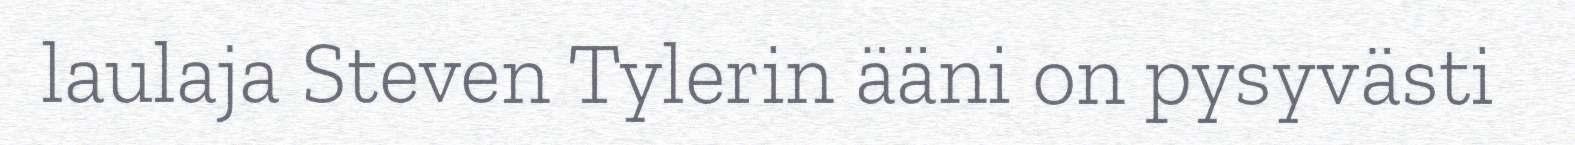
laulaja Steven Tylerin ääni on pysyvästi